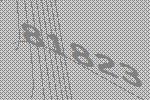
81823